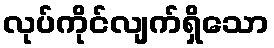
လုပ်ကိုင်လျက်ရှိသော